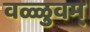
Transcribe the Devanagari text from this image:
वळ्ळुवम्